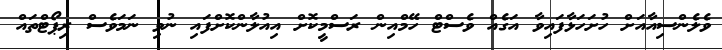
ވެލެންސިއާއަށް ހުށަހަޅާފައިވާ އަގެއް ވެސްޓް ހޭމްއިން ރަސްމީކޮށް އިއުލާންކޮށްފައި ނުވި ނަމަވެސް ރިޕޯޓްތައް